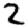
Digit: 2